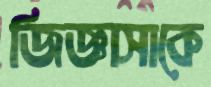
জিজ্ঞাসাকে